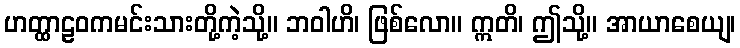
ဟတ္ထာဠဝကမင်းသားတို့ကဲ့သို့။ ဘဝါဟိ၊ ဖြစ်လော။ ဣတိ၊ ဤသို့။ အာယာစေယျ၊